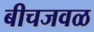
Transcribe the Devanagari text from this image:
बीचजवळ